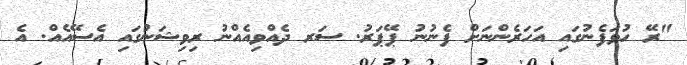
"ރޭ ހުވަފެނުގައި އަހަރެންނަށް ފެނުނު ޕޭޕަރު. ސަރ ދެއްވިއެއްނު ރިވިޝަނުގައި އެސޭއެއް. އެ